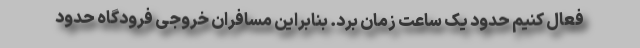
فعال کنیم حدود یک ساعت زمان برد. بنابراین مسافران خروجی فرودگاه حدود